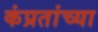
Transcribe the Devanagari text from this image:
कंप्रतांच्या